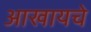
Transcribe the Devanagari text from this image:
आखायचे